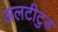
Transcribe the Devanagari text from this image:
अलटीटुड